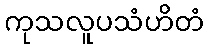
ကုသလူပသံဟိတံ